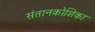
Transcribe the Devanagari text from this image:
संतानकोशिका